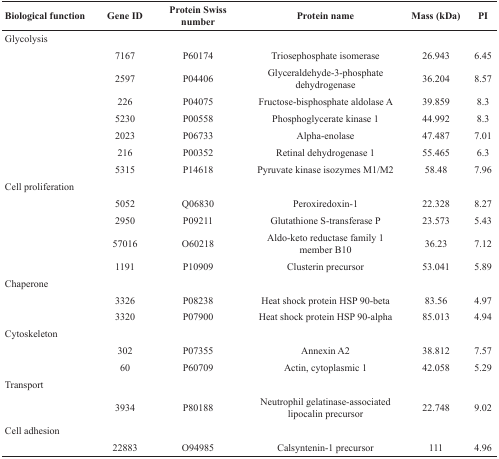
<table><thead><tr><td><b>Biological function</b></td><td><b>Gene ID</b></td><td><b>Protein Swiss number</b></td><td><b>Protein name</b></td><td><b>Mass (kDa)</b></td><td><b>PI</b></td></tr></thead><tbody><tr><td colspan="6">Glycolysis</td></tr><tr><td></td><td>7167</td><td>P60174</td><td>Triosephosphate isomerase</td><td>26.943</td><td>6.45</td></tr><tr><td></td><td>2597</td><td>P04406</td><td>Glyceraldehyde-3-phosphate dehydrogenase</td><td>36.204</td><td>8.57</td></tr><tr><td></td><td>226</td><td>P04075</td><td>Fructose-bisphosphate aldolase A</td><td>39.859</td><td>8.3</td></tr><tr><td></td><td>5230</td><td>P00558</td><td>Phosphoglycerate kinase 1</td><td>44.992</td><td>8.3</td></tr><tr><td></td><td>2023</td><td>P06733</td><td>Alpha-enolase</td><td>47.487</td><td>7.01</td></tr><tr><td></td><td>216</td><td>P00352</td><td>Retinal dehydrogenase 1</td><td>55.465</td><td>6.3</td></tr><tr><td></td><td>5315</td><td>P14618</td><td>Pyruvate kinase isozymes M1/M2</td><td>58.48</td><td>7.96</td></tr><tr><td colspan="6">Cell proliferation</td></tr><tr><td></td><td>5052</td><td>Q06830</td><td>Peroxiredoxin-1</td><td>22.328</td><td>8.27</td></tr><tr><td></td><td>2950</td><td>P09211</td><td>Glutathione S-transferase P</td><td>23.573</td><td>5.43</td></tr><tr><td></td><td>57016</td><td>O60218</td><td>Aldo-keto reductase family 1 member B10</td><td>36.23</td><td>7.12</td></tr><tr><td></td><td>1191</td><td>P10909</td><td>Clusterin precursor</td><td>53.041</td><td>5.89</td></tr><tr><td colspan="6">Chaperone</td></tr><tr><td></td><td>3326</td><td>P08238</td><td>Heat shock protein HSP 90-beta</td><td>83.56</td><td>4.97</td></tr><tr><td></td><td>3320</td><td>P07900</td><td>Heat shock protein HSP 90-alpha</td><td>85.013</td><td>4.94</td></tr><tr><td colspan="6">Cytoskeleton</td></tr><tr><td></td><td>302</td><td>P07355</td><td>Annexin A2</td><td>38.812</td><td>7.57</td></tr><tr><td></td><td>60</td><td>P60709</td><td>Actin, cytoplasmic 1</td><td>42.058</td><td>5.29</td></tr><tr><td colspan="6">Transport</td></tr><tr><td></td><td>3934</td><td>P80188</td><td>Neutrophil gelatinase-associated lipocalin precursor</td><td>22.748</td><td>9.02</td></tr><tr><td colspan="6">Cell adhesion</td></tr><tr><td></td><td>22883</td><td>O94985</td><td>Calsyntenin-1 precursor</td><td>111</td><td>4.96</td></tr></tbody></table>